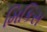
મિકિસ